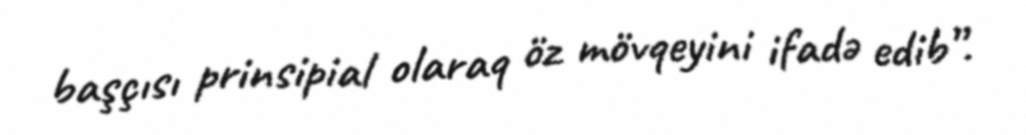
başçısı prinsipial olaraq öz mövqeyini ifadə edib”.